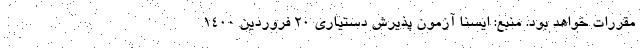
مقررات خواهد بود. منبع: ایسنا آزمون پذیرش دستیاری 20 فروردین 1400